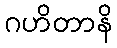
ဂဟိတာနိ